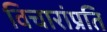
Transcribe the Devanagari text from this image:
विचारांप्रति